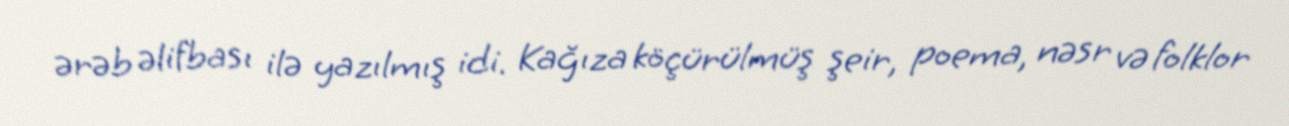
ərəb əlifbası ilə yazılmış idi. Kağıza köçürülmüş şeir, poema, nəsr və folklor